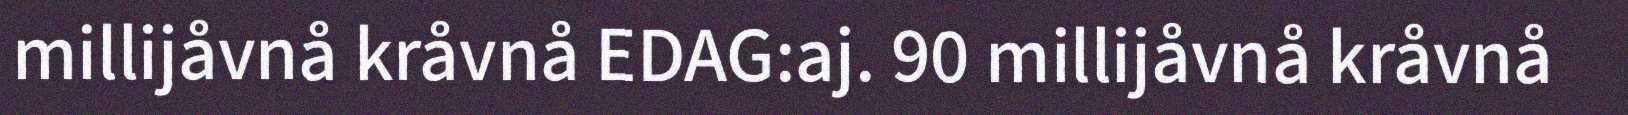
millijåvnå kråvnå EDAG:aj. 90 millijåvnå kråvnå